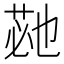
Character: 𮏡